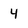
Character: 4